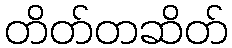
တိတ်တဆိတ်